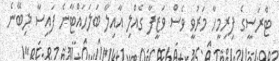
ޓްރަސީގެ ފިރިމީހާ މަރުވީ ވެސް ވަޒީފާ ގެއްލި އާއިލާ ބަލަހައްޓާނެ ފައިސާ ލިބޭނެ